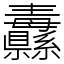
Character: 纛